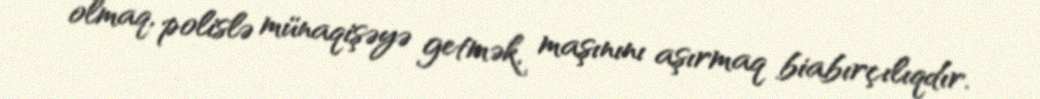
olmaq, polislə münaqişəyə getmək, maşınını aşırmaq biabırçılıqdır.